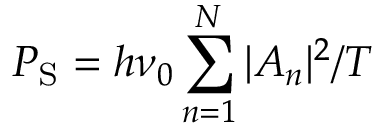
P _ { \mathrm { S } } = h \nu _ { 0 } \sum _ { n = 1 } ^ { N } | A _ { n } | ^ { 2 } / T